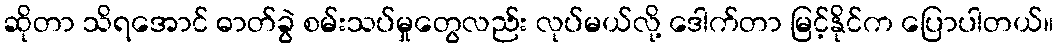
ဆိုတာ သိရအောင် ဓာတ်ခွဲ စမ်းသပ်မှုတွေလည်း လုပ်မယ်လို့ ဒေါက်တာ မြင့်နိုင်က ပြောပါတယ်။